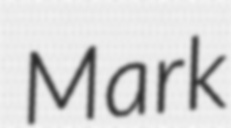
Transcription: Mark